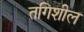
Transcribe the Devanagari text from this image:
तगिशील